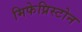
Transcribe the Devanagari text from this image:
मिफेप्रिस्टोन